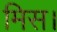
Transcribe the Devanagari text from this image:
मिस।